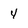
Character: 4